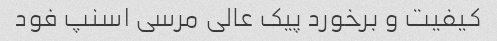
کیفیت و برخورد پیک عالی مرسی اسنپ فود